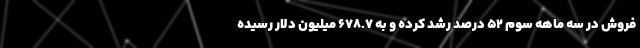
فروش در سه ماهه سوم ۵۲ درصد رشد کرده و به ۶۷۸.۷ میلیون دلار رسیده